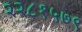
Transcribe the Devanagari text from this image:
२२८१५७९